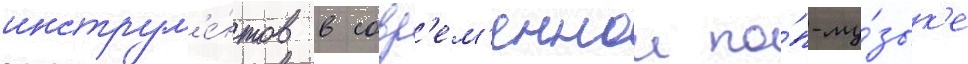
инструм'е́нтов в совр'ем'еннои по́п-му́зык'е